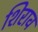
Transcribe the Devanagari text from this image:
शिराव